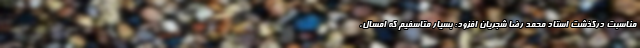
مناسبت درگذشت استاد محمد رضا شجریان افزود: بسیار متاسفیم که امسال،